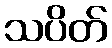
သပိတ်